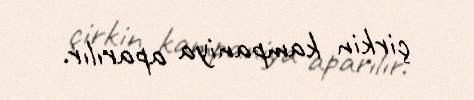
çirkin kampaniya aparılır.